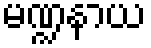
မဏ္ဍနာယ